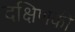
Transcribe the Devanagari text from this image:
दक्षिणकी